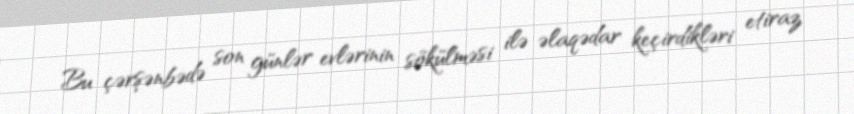
Bu çərşənbədə son günlər evlərinin sökülməsi ilə əlaqədar keçirdikləri etiraz